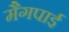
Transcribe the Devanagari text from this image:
मैगपाई